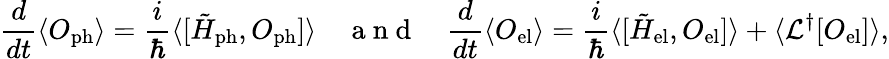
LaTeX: \frac{d}{dt}\langle O_{\mathrm{ph}}\rangle=\frac{i}{\hbar}\langle[\tilde{H}_{\mathrm{ph}},O_{\mathrm{ph}}]\rangle\quad\mathrm{~a~n~d~}\quad\frac{d}{dt}\langle O_{\mathrm{el}}\rangle=\frac{i}{\hbar}\langle[\tilde{H}_{\mathrm{el}},O_{\mathrm{el}}]\rangle+\langle\mathcal{L}^{\dagger}[O_{\mathrm{el}}]\rangle,